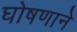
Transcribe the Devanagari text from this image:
घोषणाने